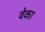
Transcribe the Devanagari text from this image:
वेका